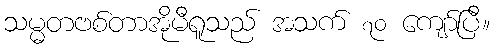
သမ္မတဗစ်တာအိုမီရူသည် အသက် ၇၀ ကျော်ပြီ။